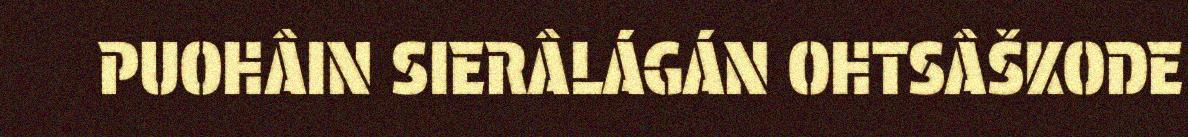
PUOHÂIN SIERÂLÁGÁN OHTSÂŠKODE